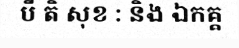
បី តិ សុខ : និង ឯកគ្គ